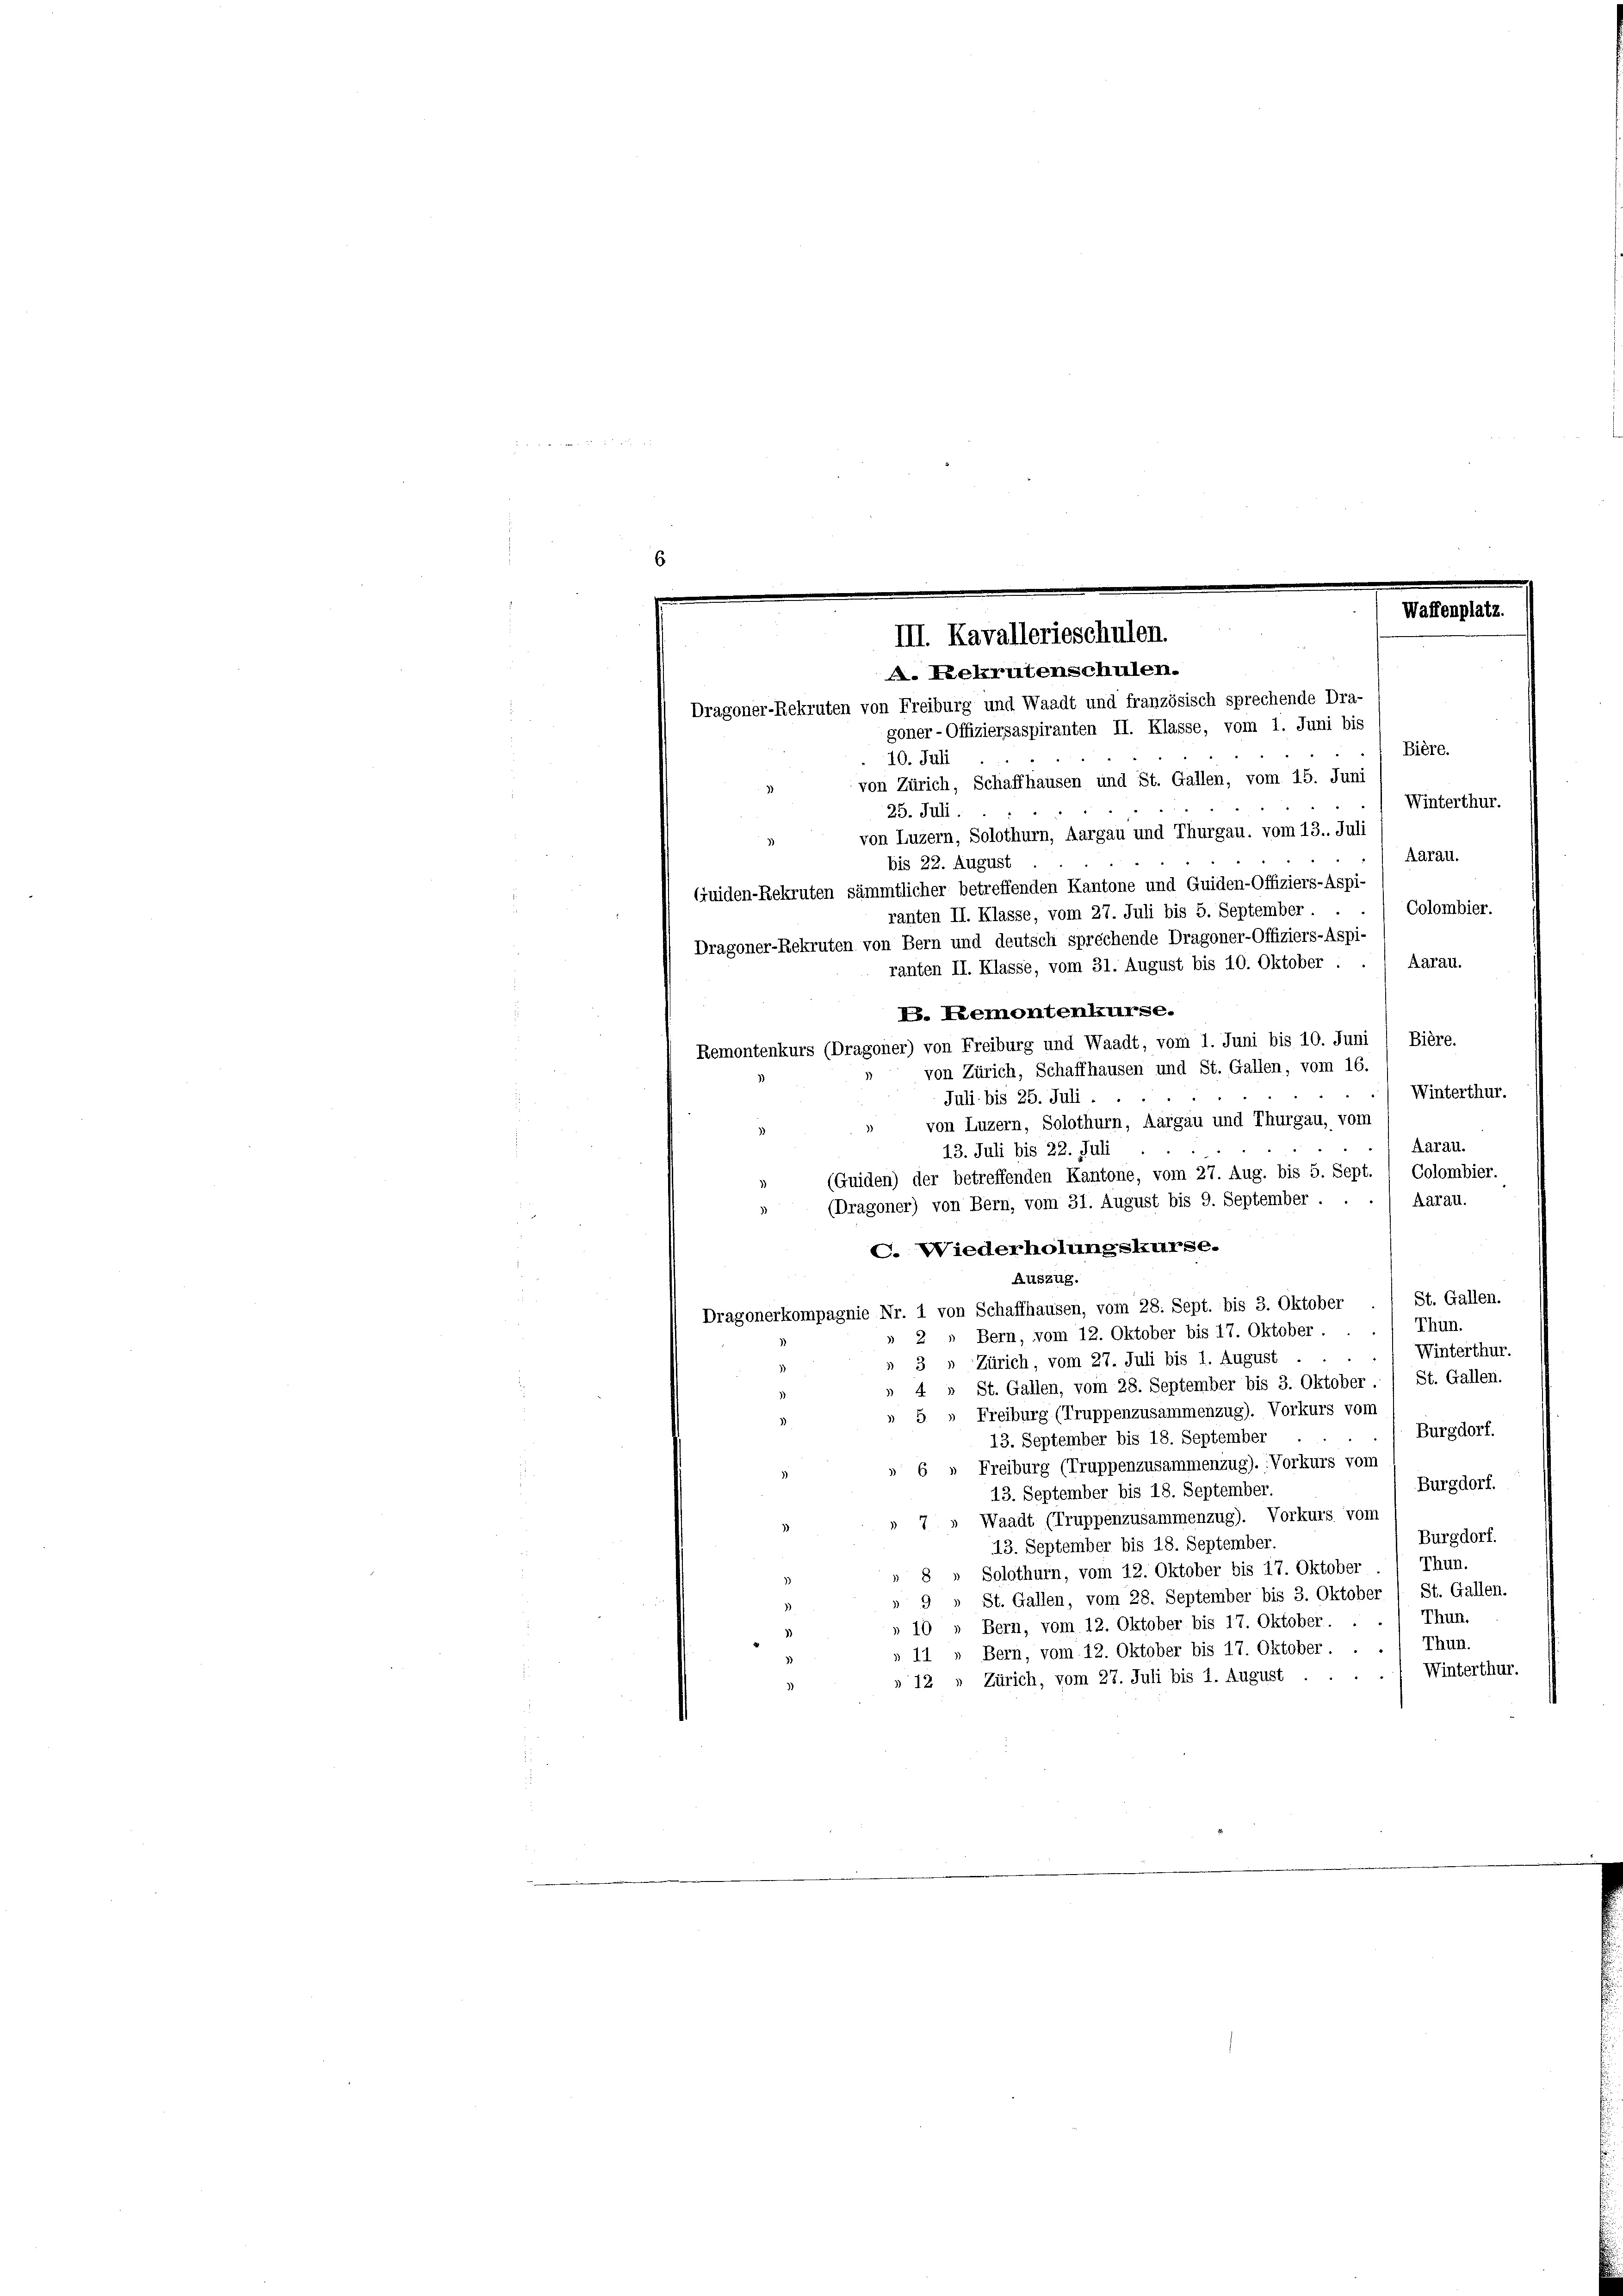
6
Waffenplatz.
III. Kavallerieschulen.
A. Lekrutenschulen.
Dragoner-Rekruten von Freiburg und Waadt und französisch sprechende Dra-
goner-Offiziersaspiranten II. Klasse, vom 1. Juni bis

Bière.
10. Juli
von Zürich, Schaffhausen und St. Gallen, vom 15. Juni
Winterthur.
25. Juli.
von Luzern, Solothurn, Aargau und Thurgau, vom 13. Juli
Aarau.
bis 22. August
Guiden-Rekruten sämmtlicher betreffenden Kantone und Quiden-Offiziers-Aspi-
Colombier.
ranten II. Klasse, vom 27. Juli bis 5. September
Dragoner-Rekruten von Bern und deutsch sprechende Dragoner-Offiziers-Aspi-
ranten II. Klasse, vom 31. August bis 10. Oktober . . / Aarau.
E. Remontenkurse.
Remontenkurs (Dragoner) von Freiburg und Waadt, vom 1. Juni bis 10. Juni / Bière.
von Zürich, Schaffhausen und St. Gallen, vom 16.
Winterthur.
Juli bis 25. Juli.
von Luzern, Solothurn, Aargau und Thurgau, vom
Aarau.
13. Juli bis 22. Juli
(Guiden) der betreffenden Kantone, vom 27. Aug. bis 5. Sept. " Colombier.
Aarau.
(Dragoner) von Bern, vom 31. August bis 9. September .
C. Wiederholungskurse.
Auszug.
St. Gallen.
Dragonerkompagnie Nr. 1 von Schaffhausen, vom 28. Sept. bis 3. Oktober
Thun.
2 " Bern, vom 12. Oktober bis 17. Oktober . .
Winterthur.
3 „ Zürich, vom 27. Juli bis 1. August .
St. Gallen.
St. Gallen, vom 28. September bis 3. Oktober
4
» 5 " Freiburg (Truppenzusammenzug). Vorkurs vom
Burgdorf.
13. September bis 18. September
» 6 » Freiburg (Truppenzusammenzug). Vorkurs vom
Burgdorf.
13. September bis 18. September.
Waadt (Truppenzusammenzug). Vorkurs vom
7.
Burgdorf.
13. September bis 18. September.
Solothurn, vom 12. Oktober bis 17. Oktober ./ Thun.
8
» 9 » St. Gallen, vom 28. September bis 3. Oktober 1 St. Gallen.
» 10 " Bern, vom 12. Oktober bis 17. Oktober. . ./ Thun.
11 „ Bern, vom 12. Oktober bis 17. Oktober . . . / Thun.
Winterthur.
» 12 » Zürich, vom 27. Juli bis 1. August .